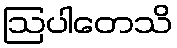
ဩပါတေသိ